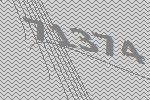
71374